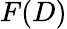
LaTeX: F(D)